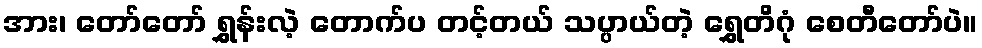
အား၊ တော်တော် ရွှန်းလဲ့ တောက်ပ တင့်တယ် သပ္ပာယ်တဲ့ ရွှေတိဂုံ စေတီတော်ပဲ။